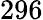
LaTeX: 296